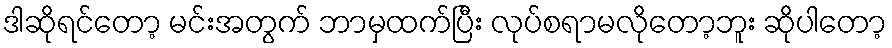
ဒါဆိုရင်တော့ မင်းအတွက် ဘာမှထက်ပြီး လုပ်စရာမလိုတော့ဘူး ဆိုပါတော့